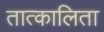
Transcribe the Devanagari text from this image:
तात्कालिता